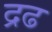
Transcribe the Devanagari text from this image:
द्रढ